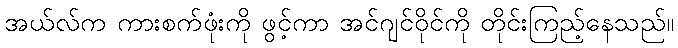
အယ်လ်က ကားစက်ဖုံးကို ဖွင့်ကာ အင်ဂျင်ဝိုင်ကို တိုင်းကြည့်နေသည်။